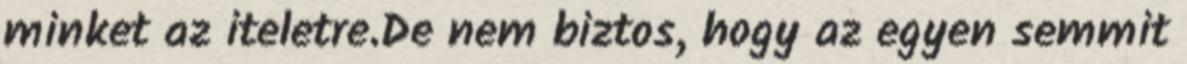
minket az iteletre.De nem biztos, hogy az egyen semmit